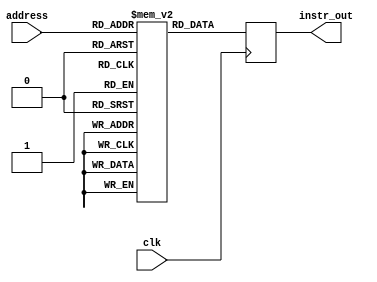
`timescale 1ns / 1ps
//////////////////////////////////////////////////////////////////////////////////
// Company: 
// Engineer: 
// 
// Design Name: 
// Module Name: Instruction_Ram
// Project Name: 
// Target Devices: 
// Tool Versions: 
// Description: 
// 
// Dependencies: 
// 
// Revision:
// Revision 0.01 - File Created
// Additional Comments:
// 
//////////////////////////////////////////////////////////////////////////////////


module Instruction_Ram(
    input clk,
    input [7:0] address,
    output reg [25:0] instr_out
    );

    
    parameter inst_count = 200;
    reg [25:0] inst_ram [inst_count:0];
    
    
    //define instructions
    parameter FETCH         =   8'd0;
    parameter NOOP          =   8'd3;
    parameter CLAC          =   8'd4;
    parameter LDAC          =   8'd5;
    parameter LDX1R1        =   8'd9;
    parameter LDX2R2        =   8'd14;
    parameter LDX3R3        =   8'd19;
    parameter LDXXR9        =   8'd24;
    parameter LDX4R6        =   8'd29;
    parameter SWX5R3        =   8'd34;
    parameter SWX12R2       =   8'd35;
    parameter SWXXAC        =   8'd36;
    parameter STAC          =   8'd38;
    parameter MOVACR1       =   8'd39;
    parameter MOVACR2       =   8'd40;
    parameter MOVACR3       =   8'd41;
    parameter MOVACR4       =   8'd42;
    parameter MOVACR5       =   8'd43;
    parameter MOVACR6       =   8'd44;
    parameter MOVACR7       =   8'd45;
    parameter MOVACR8       =   8'd46;
    parameter MOVACR9       =   8'd47;
    parameter MOVR1AC       =   8'd48;
    parameter MOVR2AC       =   8'd49;
    parameter MOVR3AC       =   8'd50;
    parameter MOVR4AC       =   8'd51;
    parameter MOVR5AC       =   8'd52;
    parameter MOVR6AC       =   8'd53;
    parameter MOVR7AC       =   8'd54;
    parameter MOVR8AC       =   8'd55;
    parameter MOVR9AC       =   8'd56;
    parameter MOVACMAR      =   8'd57;
    parameter MOVACMDR      =   8'd58;
    parameter ADDR1         =   8'd59;
    parameter ADDR2         =   8'd60;
    parameter ADDR4         =   8'd61;
    parameter ADDR5         =   8'd62;
    parameter ADDR6         =   8'd63;
    parameter ADDR7         =   8'd64;
    parameter LSHIFT1       =   8'd65;
    parameter RSHIFT1       =   8'd66;
    parameter LSHIFT8       =   8'd67;
    parameter INCREMENTPC   =   8'd68;
    parameter INCREMENTAC   =   8'd69;
    parameter DECREMENTAC   =   8'd70;
    parameter JUMP          =   8'd71;
    parameter JMPZ          =   8'd73;
    parameter JMPNZ         =   8'd77;
    parameter LDIR2         =   8'd81;
    parameter LDIR3         =   8'd83;
    parameter LDIR1         =   8'd85;
    parameter LDIR6         =   8'd86;
    parameter DONE          =   8'd87; // completion of the downsampling


    
    initial 
    begin
        inst_ram[0]     = {FETCH,   18'd0};
        inst_ram[1]     = {CLAC,    18'd0};
        inst_ram[2]     = {LDIR1,  18'd20}; // start of original image
        inst_ram[3]     = {LDIR2,  18'd128}; // image width as an immediate data
        inst_ram[4]     = {LDIR3,  18'd128}; // image height as an immediate data
        inst_ram[5]     = {SWX5R3,  18'd3};
        inst_ram[6]     = {CLAC,    18'd0};
        inst_ram[7]     = {MOVACR4, 18'd0};
        inst_ram[8]     = {MOVACR5, 18'd0};
        inst_ram[9]     = {MOVACR6, 18'd0};
        inst_ram[10]    = {MOVR4AC, 18'd0};
        inst_ram[11]    = {LSHIFT8, 18'd0};
        inst_ram[12]    = {ADDR5,   18'd0};
        inst_ram[13]    = {ADDR1,   18'd0};
        inst_ram[14]    = {LDAC,    18'd0};
        inst_ram[15]    = {LSHIFT1, 18'd0};
        inst_ram[16]    = {MOVACR7, 18'd0};
        inst_ram[17]    = {MOVR2AC, 18'd0};
        inst_ram[18]    = {DECREMENTAC, 18'd0};
        inst_ram[19]    = {SWXXAC, 18'd7};
        inst_ram[20]    = {MOVR4AC, 18'd0};
        inst_ram[21]    = {LSHIFT8, 18'd0};
        inst_ram[22]    = {ADDR5, 18'd0};
        inst_ram[23]    = {INCREMENTAC, 18'd0};
        inst_ram[24]    = {ADDR1, 18'd0};
        inst_ram[25]    = {LDAC, 18'd0};
        inst_ram[26]    = {MOVACR8, 18'd0};
        inst_ram[27]    = {ADDR7, 18'd0};
        inst_ram[28]    = {ADDR6, 18'd0};
        inst_ram[29]    = {RSHIFT1, 18'd0};
        inst_ram[30]    = {RSHIFT1, 18'd0};
        inst_ram[31]    = {MOVACR9, 18'd0};
        inst_ram[32]    = {MOVR4AC, 18'd0};
        inst_ram[33]    = {LSHIFT8, 18'd0};
        inst_ram[34]    = {ADDR5, 18'd0};
        inst_ram[35]    = {ADDR1, 18'd0};
        inst_ram[36]    = {MOVACMAR, 18'd0};
        inst_ram[37]    = {MOVR9AC, 18'd0};
        inst_ram[38]    = {MOVACMDR, 18'd0};
        inst_ram[39]    = {MOVR7AC, 18'd0};
        inst_ram[40]    = {RSHIFT1, 18'd0};
        inst_ram[41]    = {MOVACR6, 18'd0};
        inst_ram[42]    = {MOVR8AC, 18'd0};
        inst_ram[43]    = {LSHIFT1, 18'd0};
        inst_ram[44]    = {MOVACR7, 18'd0};
        inst_ram[45]    = {MOVR5AC, 18'd0};
        inst_ram[46]    = {INCREMENTAC, 18'd0};
        inst_ram[47]    = {MOVACR5, 18'd0};
        inst_ram[48]    = {LDXXR9, 18'd7};
        inst_ram[49]    = {MOVR9AC, 18'd0};
        inst_ram[50]    = {DECREMENTAC, 18'd0};
        inst_ram[51]    = {STAC, 18'd0};
        inst_ram[52]    = {JMPNZ, 18'd20}; // double check this
        inst_ram[53]    = {CLAC, 18'd0};
        inst_ram[54]    = {ADDR7, 18'd0};
        inst_ram[55]    = {ADDR6, 18'd0};
        inst_ram[56]    = {RSHIFT1, 18'd0};
        inst_ram[57]    = {RSHIFT1, 18'd0};
        inst_ram[58]    = {MOVACR9, 18'd0};
        inst_ram[59]    = {MOVR4AC, 18'd0};
        inst_ram[60]    = {LSHIFT8, 18'd0};
        inst_ram[61]    = {ADDR5,   18'd0};
        inst_ram[62]    = {ADDR1, 18'd0};
        inst_ram[63]    = {MOVACMAR, 18'd0};
        inst_ram[64]    = {MOVR9AC, 18'd0};
        inst_ram[65]    = {MOVACMDR, 18'd0};
        inst_ram[66]    = {MOVR4AC, 18'd0};
        inst_ram[67]    = {INCREMENTAC, 18'd0};
        inst_ram[68]    = {MOVACR4, 18'd0};
        inst_ram[69]    = {LDXXR9, 18'd3};
        inst_ram[70]    = {MOVR9AC, 18'd0};
        inst_ram[71]    = {DECREMENTAC, 18'd0};
        inst_ram[72]    = {STAC, 18'd0};
        inst_ram[73]    = {JMPNZ, 18'd8}; // double check this
        inst_ram[74]    = {SWX12R2, 18'd7};
        inst_ram[75]    = {CLAC, 18'd0};
        inst_ram[76]    = {MOVACR5, 18'd0};
        inst_ram[77]    = {MOVACR4, 18'd0};
        inst_ram[78]    = {MOVACR6, 18'd0};
        inst_ram[79]    = {MOVR4AC, 18'd0};
        inst_ram[80]    = {LSHIFT8, 18'd0};
        inst_ram[81]    = {ADDR5, 18'd0};
        inst_ram[82]    = {ADDR1, 18'd0};
        inst_ram[83]    = {LDAC, 18'd0};
        inst_ram[84]    = {LSHIFT1, 18'd0};
        inst_ram[85]    = {MOVACR7, 18'd0};
        inst_ram[86]    = {MOVR3AC, 18'd0};
        inst_ram[87]    = {DECREMENTAC, 18'd0};
        inst_ram[88]    = {SWXXAC, 18'd3};
        inst_ram[89]    = {MOVR4AC, 18'd0};
        inst_ram[90]    = {LSHIFT8, 18'd0};
        inst_ram[91]    = {ADDR5,   18'd0};
        inst_ram[92]    = {ADDR2, 18'd0};
        inst_ram[93]    = {ADDR1, 18'd0};
        inst_ram[94]    = {LDAC, 18'd0};
        inst_ram[95]    = {MOVACR8, 18'd0};
        inst_ram[96]    = {ADDR7, 18'd0};
        inst_ram[97]    = {ADDR6, 18'd0};
        inst_ram[98]    = {RSHIFT1, 18'd0};
        inst_ram[99]    = {RSHIFT1, 18'd0};
        inst_ram[100]   = {MOVACR9, 18'd0};
        inst_ram[101]   = {MOVR4AC, 18'd0};
        inst_ram[102]   = {LSHIFT8, 18'd0};
        inst_ram[103]   = {ADDR5, 18'd0};
        inst_ram[104]   = {ADDR1, 18'd0};
        inst_ram[105]   = {MOVACMAR, 18'd0};
        inst_ram[106]   = {MOVR9AC, 18'd0};
        inst_ram[107]   = {MOVACMDR, 18'd0};
        inst_ram[108]   = {MOVR7AC, 18'd0};
        inst_ram[109]   = {RSHIFT1, 18'd0};
        inst_ram[110]   = {MOVACR6, 18'd0};
        inst_ram[111]   = {MOVR8AC, 18'd0};
        inst_ram[112]   = {LSHIFT1, 18'd0};
        inst_ram[113]   = {MOVACR7, 18'd0};
        inst_ram[114]   = {MOVR4AC, 18'd0};
        inst_ram[115]   = {INCREMENTAC, 18'd0};
        inst_ram[116]   = {MOVACR4, 18'd0};
        inst_ram[117]   = {LDXXR9, 18'd3};
        inst_ram[118]   = {MOVR9AC, 18'd0};
        inst_ram[119]   = {DECREMENTAC, 18'd0};
        inst_ram[120]   = {STAC, 18'd0};
        inst_ram[121]   = {JMPNZ, 18'd89};
        inst_ram[122]   = {CLAC, 18'd0};
        inst_ram[123]   = {ADDR7, 18'd0};
        inst_ram[124]   = {ADDR6, 18'd0};
        inst_ram[125]   = {RSHIFT1, 18'd0};
        inst_ram[126]   = {RSHIFT1, 18'd0};
        inst_ram[127]   = {MOVACR9, 18'd0};
        inst_ram[128]   = {MOVR4AC, 18'd0};
        inst_ram[129]   = {LSHIFT8, 18'd0};
        inst_ram[130]   = {ADDR5,   18'd0};
        inst_ram[131]   = {ADDR1, 18'd0};
        inst_ram[132]   = {MOVACMAR, 18'd0};
        inst_ram[133]   = {MOVR9AC, 18'd0};
        inst_ram[134]   = {MOVACMDR, 18'd0};
        inst_ram[135]   = {MOVR5AC, 18'd0};
        inst_ram[136]   = {INCREMENTAC, 18'd0};
        inst_ram[137]   = {MOVACR5, 18'd0};
        inst_ram[138]   = {LDXXR9, 18'd7};
        inst_ram[139]   = {MOVR9AC, 18'd0};
        inst_ram[140]   = {DECREMENTAC, 18'd0};
        inst_ram[141]   = {STAC, 18'd0};
        inst_ram[142]   = {JMPNZ, 18'd77};
        inst_ram[143]   = {LDIR6, 18'd70000}; // start of downsampled image
        inst_ram[144]   = {MOVR3AC, 18'd0};
        inst_ram[145]   = {RSHIFT1, 18'd0};
        inst_ram[146]   = {SWXXAC, 18'd3};
        inst_ram[147]   = {CLAC, 18'd0};
        inst_ram[148]   = {MOVACR4, 18'd0};
        inst_ram[149]   = {MOVACR5, 18'd0};
        inst_ram[150]   = {MOVR2AC, 18'd0};
        inst_ram[151]   = {RSHIFT1, 18'd0};
        inst_ram[152]   = {SWXXAC, 18'd7};
        inst_ram[153]   = {MOVR5AC, 18'd0};
        inst_ram[154]   = {LSHIFT8, 18'd0};
        inst_ram[155]   = {ADDR4, 18'd0};
        inst_ram[156]   = {LSHIFT1, 18'd0};
        inst_ram[157]   = {ADDR1, 18'd0};
        inst_ram[158]   = {LDAC, 18'd0};
        inst_ram[159]   = {MOVACR9, 18'd0};
        inst_ram[160]   = {MOVR6AC, 18'd0};
        inst_ram[161]   = {MOVACMAR, 18'd0};
        inst_ram[162]   = {INCREMENTAC, 18'd0};
        inst_ram[163]   = {MOVACR6,   18'd0};
        inst_ram[164]   = {MOVR9AC, 18'd0};
        inst_ram[165]   = {MOVACMDR, 18'd0};
        inst_ram[166]   = {MOVR5AC, 18'd0};
        inst_ram[167]   = {INCREMENTAC, 18'd0};
        inst_ram[168]   = {MOVACR5, 18'd0};
        inst_ram[169]   = {LDXXR9, 18'd7};
        inst_ram[170]   = {MOVR9AC, 18'd0};
        inst_ram[171]   = {DECREMENTAC, 18'd0};
        inst_ram[172]   = {STAC, 18'd0};
        inst_ram[173]   = {JMPNZ, 18'd153};
        inst_ram[174]   = {MOVR4AC, 18'd0};
        inst_ram[175]   = {INCREMENTAC, 18'd0};
        inst_ram[176]   = {MOVACR4, 18'd0};
        inst_ram[177]   = {LDXXR9, 18'd3};
        inst_ram[178]   = {MOVR9AC, 18'd0};
        inst_ram[179]   = {DECREMENTAC, 18'd0};
        inst_ram[180]   = {STAC, 18'd0};
        inst_ram[181]   = {JMPNZ, 18'd149};
        inst_ram[182]   = {NOOP, 18'd0};
        inst_ram[183]   = {DONE, 18'd0}; 
    
    end
    
    always @(posedge clk)
    begin 
        instr_out<= inst_ram[address];
    
    end
    
    
endmodule